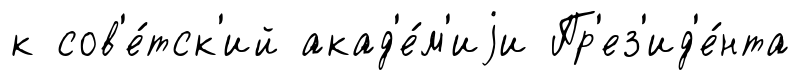
к сов'е́тск'ий акад'е́м'иjи Пр'ез'ид'е́нта